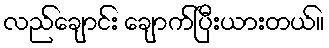
လည်ချောင်း ချောက်ပြီးယားတယ်။